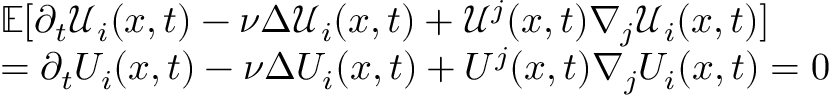
\begin{array} { r l } & { \mathbb { E } [ \partial _ { t } \mathcal { U } _ { i } ( x , t ) - \nu \Delta \mathcal { U } _ { i } ( x , t ) + \mathcal { U } ^ { j } ( x , t ) \nabla _ { j } \mathcal { U } _ { i } ( x , t ) ] } \\ & { = \partial _ { t } { U } _ { i } ( x , t ) - \nu \Delta { U } _ { i } ( x , t ) + { U } ^ { j } ( x , t ) \nabla _ { j } { U } _ { i } ( x , t ) = 0 } \end{array}